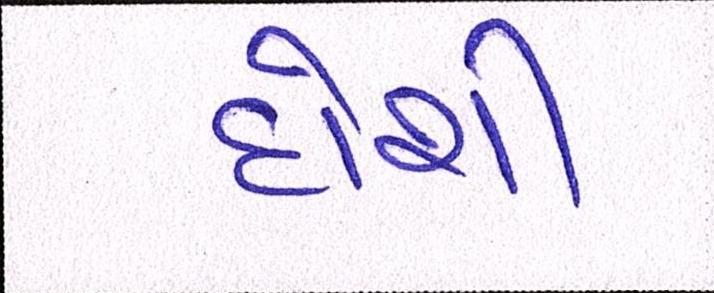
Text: દોશી